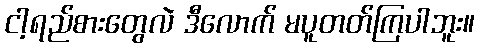
ငါ့ရည်စားတွေလဲ ဒီလောက် မပူတတ်ကြပါဘူး။